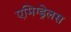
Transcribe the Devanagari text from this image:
एमिग्ड्रेलस